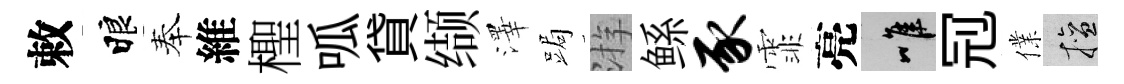
敕睱奉維檉呱貸缬澤跼㳺鲧豕霏亮唯𠜍㒒擅